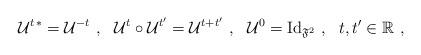
LaTeX: \begin{align*}\mathcal{U}^{t \, *}=\mathcal{U}^{-t} \ , \ \ \mathcal{U}^t\circ\mathcal{U}^{t'}=\mathcal{U}^{t+t'} \ , \ \ \mathcal{U}^0={\rm Id}_{\mathfrak{F}^2} \ , \ \ t,t'\in\mathbb{R} \ ,\end{align*}